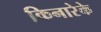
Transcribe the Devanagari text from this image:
किनारेके